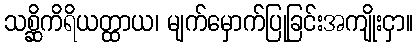
သစ္ဆိကိရိယတ္ထာယ၊ မျက်မှောက်ပြုခြင်းအကျိုးငှာ။